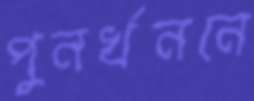
পুনর্খননে